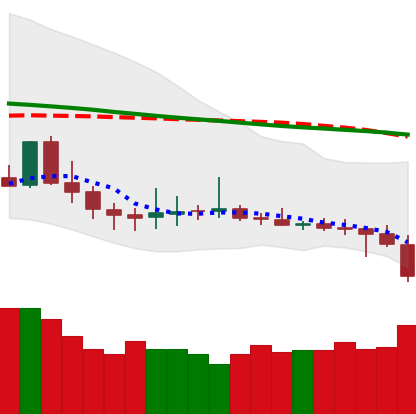
Ticker: DOGE-USD
Chart end date: 2019-12-17
Forward return: 4.807%
Label: up_3_5